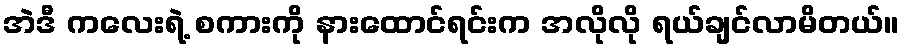
အဲဒီ ကလေးရဲ့ စကားကို နားထောင်ရင်းက အလိုလို ရယ်ချင်လာမိတယ်။